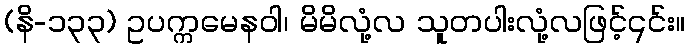
(နိ-၁၃၃) ဥပက္ကမေနဝါ၊ မိမိလုံ့လ သူတပါးလုံ့လဖြင့်၎င်း။